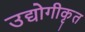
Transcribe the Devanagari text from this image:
उद्योगीकृत